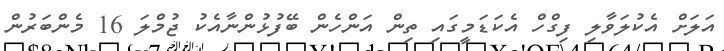
އަލަށް އެކުލަވާލި ފިގްހް އެކަޑަމީގައި ތިން އަންހެން ބޭފުޅުންނާއެކު ޖުމްލަ 16 މެންބަރުން